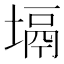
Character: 塥